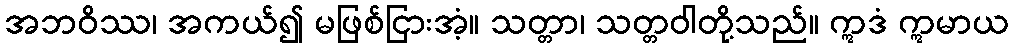
အဘဝိဿ၊ အကယ်၍ မဖြစ်ငြားအံ့။ သတ္တာ၊ သတ္တဝါတို့သည်။ ဣဒံ ဣမာယ